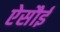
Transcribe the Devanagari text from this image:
ऐसौई